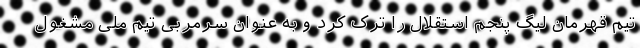
تیم قهرمان لیگ پنجم استقلال را ترک کرد و به عنوان سرمربی تیم ملی مشغول